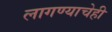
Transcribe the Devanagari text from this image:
लागण्याचेही